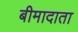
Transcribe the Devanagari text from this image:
बीमादाता